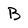
Character: B